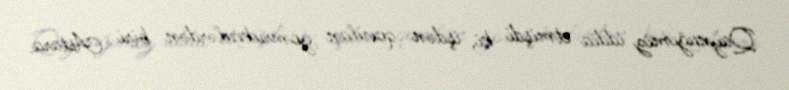
Qaynağımız iddia etmişdi ki, işdən qovulan gömrükçülərdən biri Astara